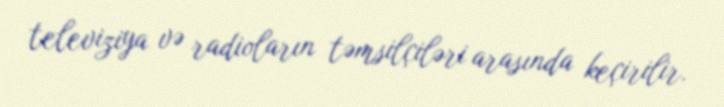
televiziya və radioların təmsilçiləri arasında keçirilir.